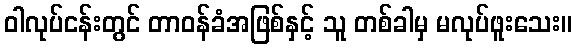
ဝါလုပ်ငန်းတွင် တာဝန်ခံအဖြစ်နှင့် သူ တစ်ခါမှ မလုပ်ဖူးသေး။